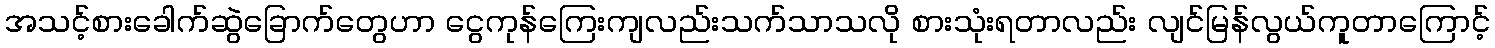
အသင့်စားခေါက်ဆွဲခြောက်တွေဟာ ငွေကုန်ကြေးကျလည်းသက်သာသလို စားသုံးရတာလည်း လျင်မြန်လွယ်ကူတာကြောင့်